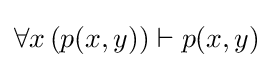
\forall x\left(p(x,y)\right)\vdash p(x,y)